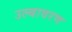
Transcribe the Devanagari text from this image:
उल्बावरण